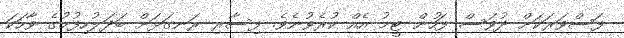
ފަސްވަރަކަށް ދުވަސް ފަހުން ޓީމު އެއް ކުރެވުނެވެ. ފިސާރި ރަނގަޅަށް ބަދަލުހިފުމުގެ ވާހަކަ